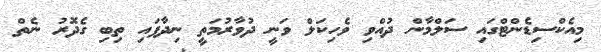
މިއެކްސިޑެންޓްގައި ސަލްމާން ދުއްވި ވެހިކަލް ވަނީ ދުވާރުމަތީ ނިދާފައި ތިބި ގެދޮރު ނެތް